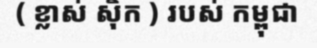
( ខ្លាស់ ស៊ិក ) របស់ កម្ពុជា